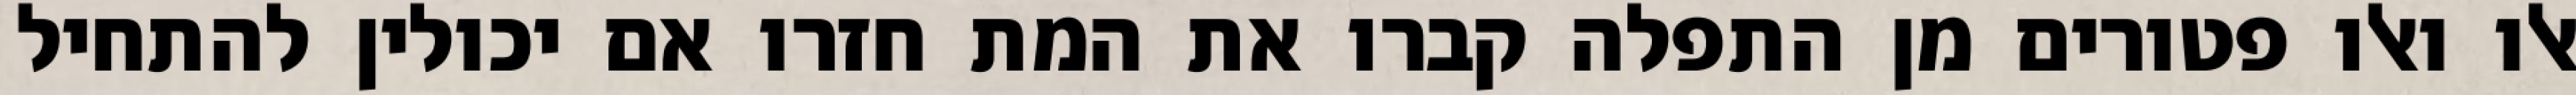
אלו ואלו פטורים מן התפלה קברו את המת חזרו אם יכולין להתחיל